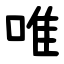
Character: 唯